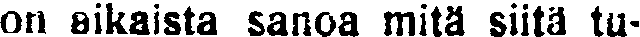
on eikaista sanoa mitä siitä tu-